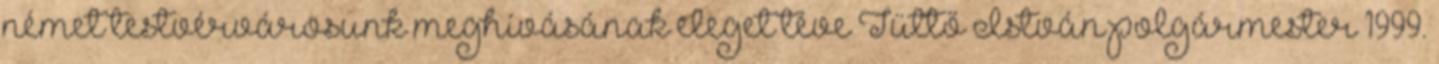
német testvérvárosunk meghívásának eleget téve Tüttő István polgármester 1999.